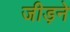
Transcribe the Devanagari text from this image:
जीड़ने